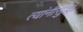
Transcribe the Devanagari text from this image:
त्यांनीसुद्धा